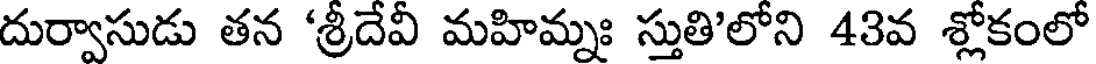
దుర్వాసుడు తన 'శ్రీదేవీ మహిమ్నః స్తుతి'లోని 43వ శ్లోకంలో